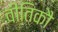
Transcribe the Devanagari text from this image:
वीतिकौ